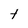
Character: t